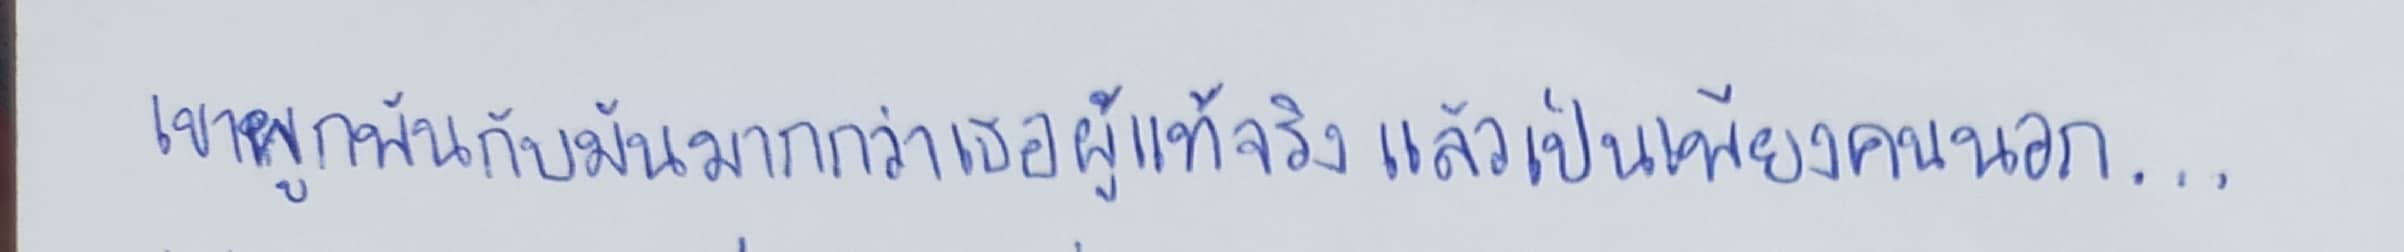
เขาผูกพันกับมันมากกว่าเธอผู้แท้จริงแล้วเป็นเพียงคนนอก...